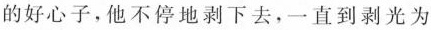
的好心子，他不停地剥下去，一直到剥光为